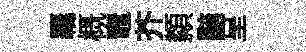
覊概竈芥纇黯呈